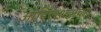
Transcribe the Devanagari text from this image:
आदिलशहांच्या